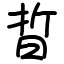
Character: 晢